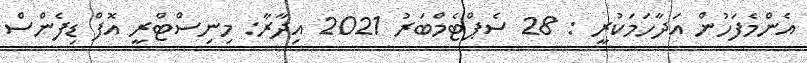
އެންމެފަހުން އަދާހަމަކުރީ : 28 ސެޕްޓެމްބަރު 2021 އިދާރާ: މިނިސްޓްރީ އޮފް ޑިފެންސް